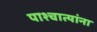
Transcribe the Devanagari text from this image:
पाश्चात्यांना